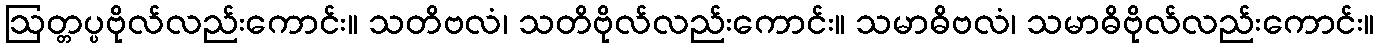
ဩတ္တပ္ပဗိုလ်လည်းကောင်း။ သတိဗလံ၊ သတိဗိုလ်လည်းကောင်း။ သမာဓိဗလံ၊ သမာဓိဗိုလ်လည်းကောင်း။